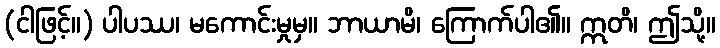
(ငါဖြင့်။) ပါပဿ၊ မကောင်းမှုမှ။ ဘာယာမိ၊ ကြောက်ပါ၏။ ဣတိ၊ ဤသို့။